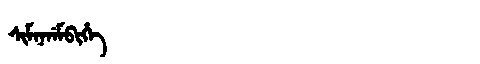
Manchu: ᠰᡳᠮᠨᡝᠨᡝᠮᠪᡳᡥᡝ
Romanization: SIMNENEMBIHE